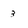
Character: 3